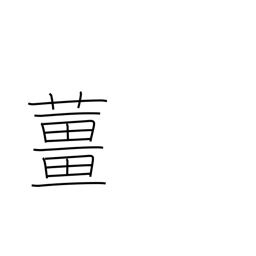
Meaning: ginger